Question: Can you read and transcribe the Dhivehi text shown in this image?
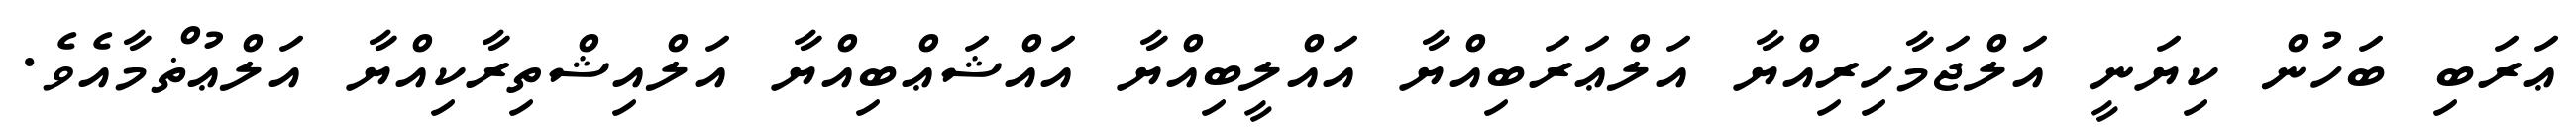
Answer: ޢަރަބި ބަހުން ކިޔަނީ އަލްޖަމާހިރިއްޔާ އަލްޢަރަބިއްޔާ އައްލީބިއްޔާ އައްޝަޢްބިއްޔާ އަލްއިޝްތިރާކިއްޔާ އަލްޢުޡްމާއެވެ.